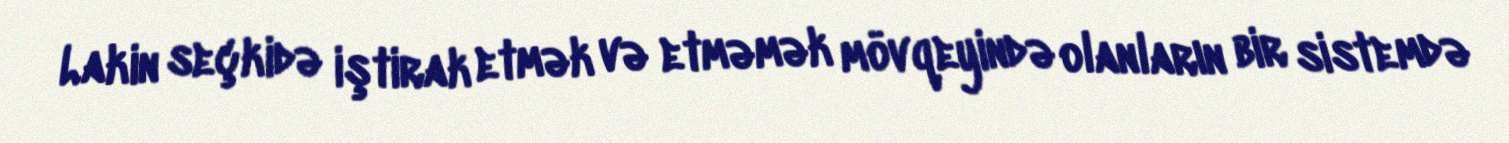
Lakin seçkidə iştirak etmək və etməmək mövqeyində olanların bir sistemdə